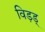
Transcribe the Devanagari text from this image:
विड़ड्